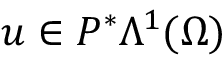
u \in P ^ { \ast } \Lambda ^ { 1 } ( \Omega )